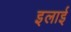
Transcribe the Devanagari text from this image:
इलाई